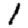
Digit: 1